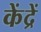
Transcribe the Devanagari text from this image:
केंद्रें